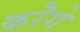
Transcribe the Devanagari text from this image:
करेॆगे